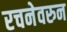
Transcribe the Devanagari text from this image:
रचनेवरुन